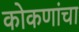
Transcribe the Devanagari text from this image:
कोकणांचा